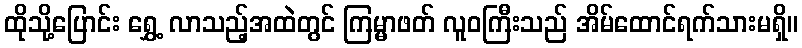
ထိုသို့ပြောင်း ရွှေ့ လာသည့်အထဲတွင် ကြမ္မာဖတ် လူဝကြီးသည် အိမ်ထောင်ရက်သားမရှိ။